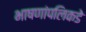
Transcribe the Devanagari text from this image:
भाषणांपलिकडे